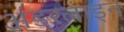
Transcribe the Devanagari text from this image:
अंडरलाइन